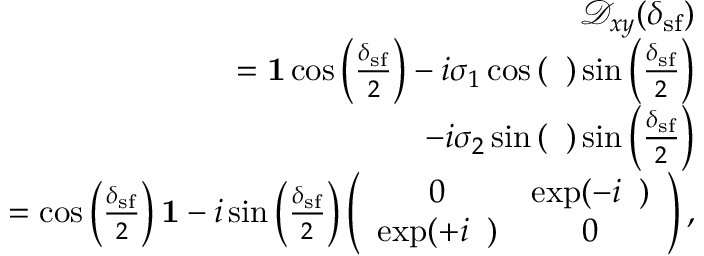
\begin{array} { r l r } & { } & { \mathcal { D } _ { x y } ( \delta _ { \mathrm { s f } } ) } \\ & { } & { = { \bf 1 } \cos \left( \frac { \delta _ { \mathrm { s f } } } { 2 } \right) - i \sigma _ { 1 } \cos \left( { \it \Delta \phi } \right) \sin \left( \frac { \delta _ { \mathrm { s f } } } { 2 } \right) } \\ & { } & { - i \sigma _ { 2 } \sin \left( { \it \Delta \phi } \right) \sin \left( \frac { \delta _ { \mathrm { s f } } } { 2 } \right) } \\ & { } & { = \cos \left( \frac { \delta _ { \mathrm { s f } } } { 2 } \right) { \bf 1 } - i \sin \left( \frac { \delta _ { \mathrm { s f } } } { 2 } \right) \left( \begin{array} { c c } { 0 } & { \exp ( - i { \it \Delta \phi } ) } \\ { \exp ( + i { \it \Delta \phi } ) } & { 0 } \end{array} \right) , } \end{array}